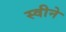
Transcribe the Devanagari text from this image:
स्वीने